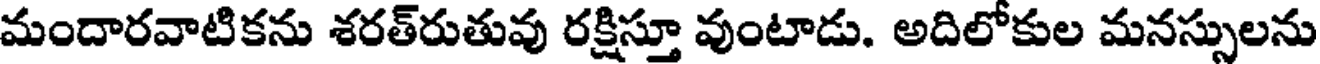
మందారవాటికను శరత్రుతువు రక్షిస్తూ వుంటాడు. అదిలోకుల మనస్సులను